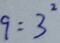
9 = 3 ^ { 2 }